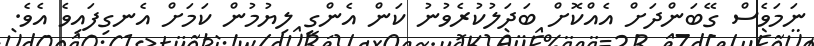
ނަމަވެސް ގޭބަންދަށް އެއްކޮށް ބަދަލުކުރެވުނު ކަން އެންގީ ލިޔުމުން ކަމަށް އެނގިފައިވެ އެވެ.